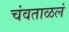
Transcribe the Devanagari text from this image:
चंवताळलं